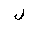
Letter: _lam